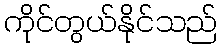
ကိုင်တွယ်နိုင်သည်